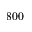
8 0 0